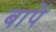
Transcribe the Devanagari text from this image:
बापें